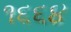
૧૬૬૪